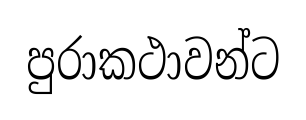
පුරාකථාවන්ට